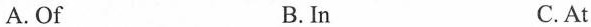
A.Of B.In C.At